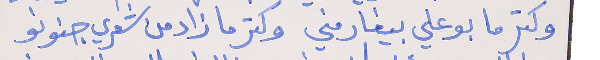
وكتر ما بوعلي بيغار مني     وكتر ما زاد من شعري جنونو